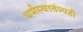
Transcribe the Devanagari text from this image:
धर्मस्वातंत्र्यही